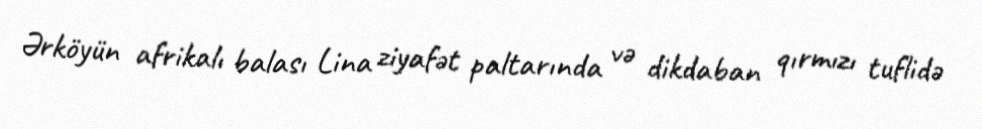
Ərköyün afrikalı balası Lina ziyafət paltarında və dikdaban qırmızı tuflidə